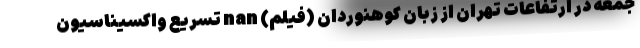
جمعه در ارتفاعات تهران از زبان کوهنوردان (فیلم) nan تسریع واکسیناسیون